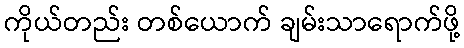
ကိုယ်တည်း တစ်ယောက် ချမ်းသာရောက်ဖို့